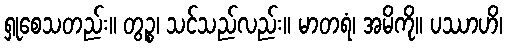
ရှုစေသတည်း။ တွဉ္စ၊ သင်သည်လည်း။ မာတရံ၊ အမိကို။ ပဿာဟိ၊